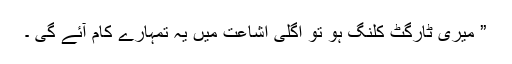
” میری ٹارگٹ کلنگ ہو تو اگلی اشاعت میں یہ تمہارے کام آئے گی ۔